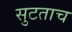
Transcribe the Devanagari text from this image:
सुटताच